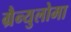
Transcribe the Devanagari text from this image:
ग्रैन्युलोमा